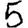
Digit: 5